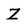
Character: Z